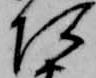
あ